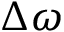
\Delta \omega